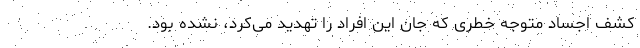
کشف اجساد متوجه خطری که جان این افراد را تهدید می‌کرد، نشده بود.